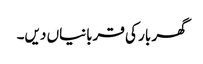
گھر بار کی قربانیاں دیں۔